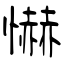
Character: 懗